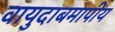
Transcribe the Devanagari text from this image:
वायुदाबमापीय